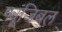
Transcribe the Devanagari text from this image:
फ्यूजिबल